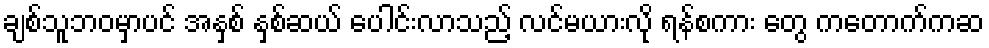
ချစ်သူဘဝမှာပင် အနှစ် နှစ်ဆယ် ပေါင်းလာသည့် လင်မယားလို ရန်စကား တွေ ကတောက်ကဆ